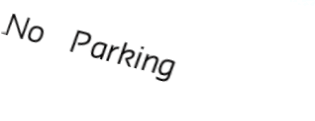
No Parking